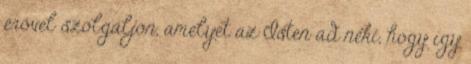
erővel szolgáljon, amelyet az Isten ad neki, hogy így